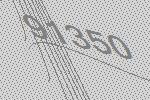
91350